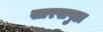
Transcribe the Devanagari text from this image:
सारखपुडा